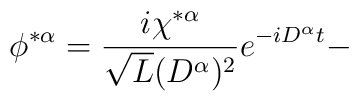
\phi^{* \alpha}= \frac{i \chi^{* \alpha}}{\sqrt{L}(D^{ \alpha})^2} e^{-iD^{\alpha}t}-